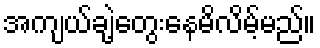
အကျယ်ချဲ့တွေးနေမိလိမ့်မည်။